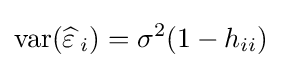
\operatorname {var} ({\widehat {\varepsilon \,}}_{i})=\sigma ^{2}(1-h_{ii})